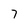
Character: 7